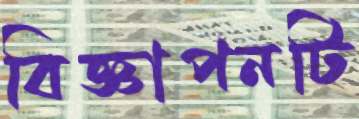
বিজ্ঞাপনটি